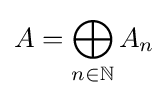
A=\bigoplus _{n\in \mathbb {N} }A_{n}